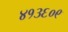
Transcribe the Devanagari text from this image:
४१३६०९